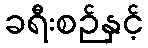
ခရီးစဉ်နှင့်